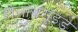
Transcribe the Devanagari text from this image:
होलोथरॉइड